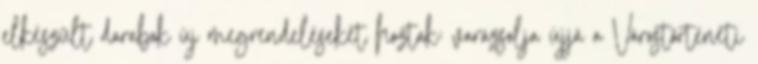
elkészült darabok új megrendeléseket hoztak: varázsolja újjá a Várostörténeti